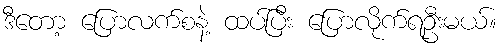
ဒီတော့ ပြောလက်စနဲ့ ထပ်ပြီး ပြောလိုက်ရဦးမယ်။